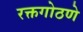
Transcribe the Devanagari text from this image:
रक्तगोठणे